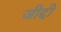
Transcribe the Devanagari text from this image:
जीद्दी